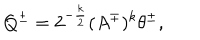
LaTeX: Q ^ { \pm } = 2 ^ { - \frac k 2 } ( A ^ { \mp } ) ^ { k } \theta ^ { \pm } ,